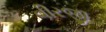
વીરજી